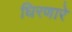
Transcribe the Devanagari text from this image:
घिरणारे